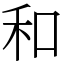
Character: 和